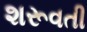
શરૂવતી